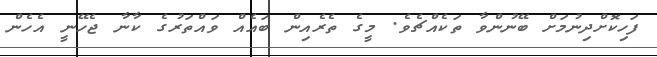
ފަހިކޮށްދިނުމަށް ބޭނުންވާ ތަކެއްޗެވެ. މީގެ ތެރެއިން ބައެއް ވައްތަރުގެ ކާނާ ޖެހޭނީ އެހެން